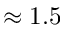
\approx 1 . 5